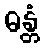
ဓန္တံ